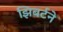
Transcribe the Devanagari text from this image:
झिबर्टने